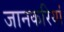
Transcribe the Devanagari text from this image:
जानकरियां